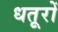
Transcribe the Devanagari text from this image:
धतूरों